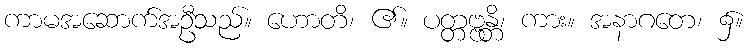
ကာမအဆောက်အဦသည်။ ဟောတိ၊ ၏။ ပတ္တဗ္ဗန္တိ၊ ကား။ အနာဂတေ၊ ၌။